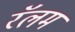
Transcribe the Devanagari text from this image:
रॅलम